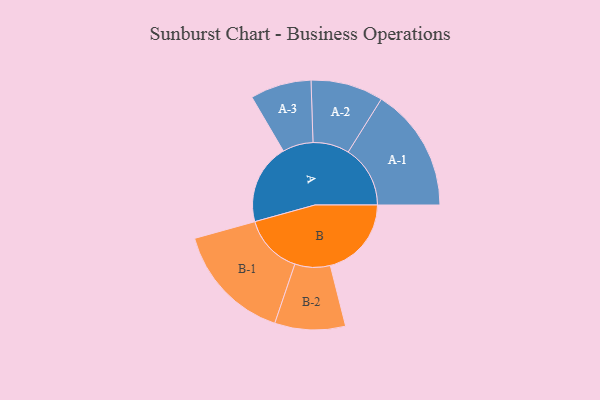
{"axis": {"x": "Segment", "y": "Value"}, "legend": ["", "A", "B"], "data": [{"x": "A", "y": 337, "type": ""}, {"x": "B", "y": 340, "type": ""}, {"x": "A-1", "y": 260, "type": "A"}, {"x": "A-2", "y": 152, "type": "A"}, {"x": "A-3", "y": 128, "type": "A"}, {"x": "B-1", "y": 250, "type": "B"}, {"x": "B-2", "y": 148, "type": "B"}]}